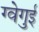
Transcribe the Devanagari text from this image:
ग्वेगुई